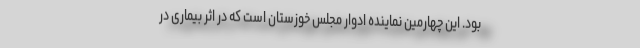
بود. این چهارمین نماینده ادوار مجلس خوزستان است که در اثر بیماری در